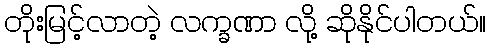
တိုးမြင့်လာတဲ့ လက္ခဏာ လို့ ဆိုနိုင်ပါတယ်။